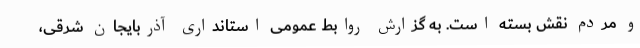
و مردم نقش بسته است. به گزارش روابط عمومی استانداری آذربایجان شرقی،